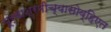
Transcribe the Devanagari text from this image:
पूर्वाश्रमीच्यासोव्हिएत